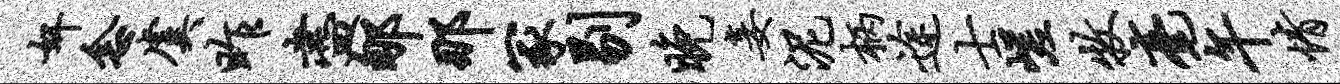
奸念虞昨尽郇那冢剔晚妾泥柄途士嵯牧毫午情